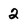
Character: 2